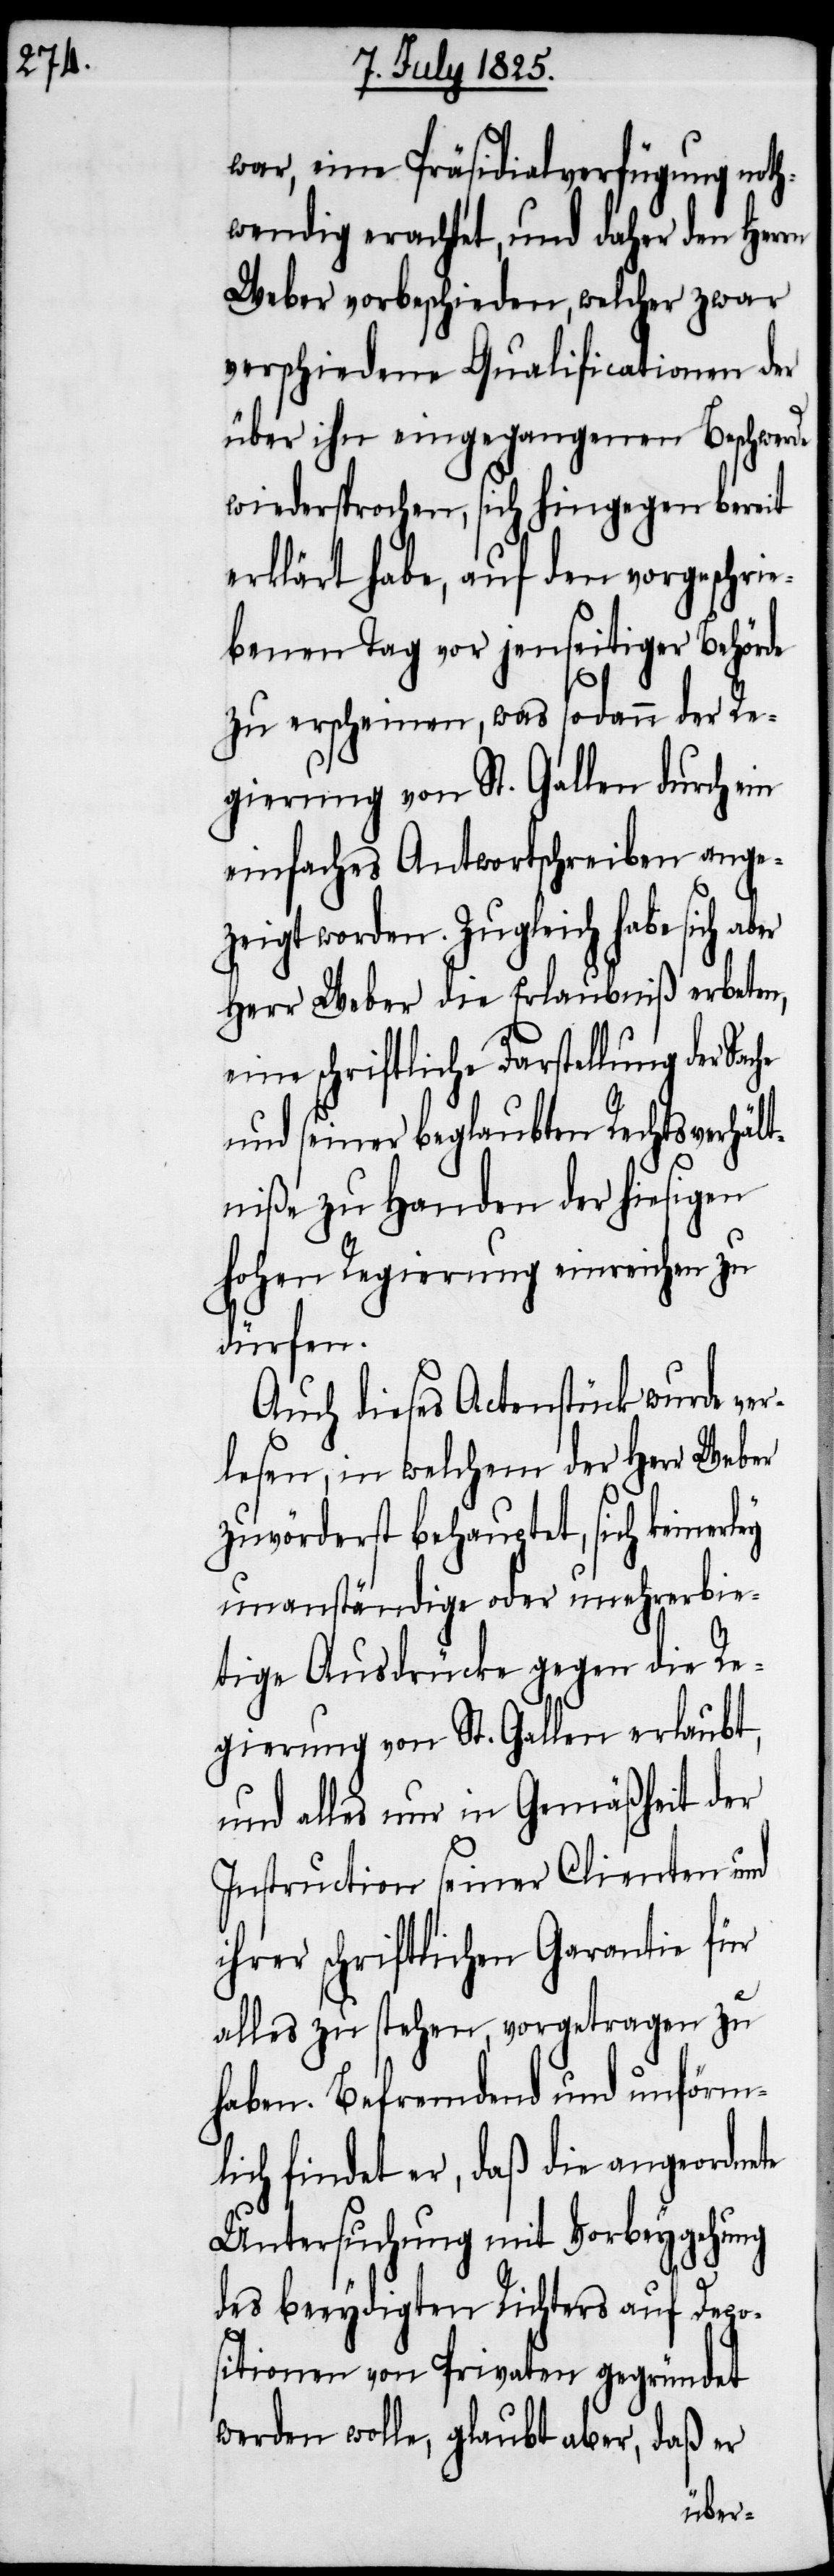
war, eine Präsidialverfügung noth¬
wendig erachtet, und daher den Herrn
Weber vorbeschieden, welcher zwar
verschiedene Qualificationen der
über ihn eingegangenen Beschwerde
wiedersprochen, sich hingegen bereit
erklärt habe, auf den vorgeschrie¬
benen Tag vor jenseitiger Behörde
zu erscheinen, was sodann der Re¬
gierung von St. Gallen durch ein
einfaches Antwortschreibe ange¬
zeigt worden. Zugleich habe sich a¬
Herr Weber die Erlaubniß erbeten,
eine schriftliche Darstellung der
und seiner beglaubten Rechtsverhält¬
niße zu Handen der hiesigen
hohen Regierung einreichen zu
dürfen.
Auch dieses Actenstück wurde ver¬
lesen, in welchem der Herr Weber
zuvörderst behauptet, sich keinerley
unanständige oder unehrerbie¬
tige Ausdrücke gegen die Re¬
gierung von St. Gallen erlaubt,
und alles nur in Gemäßheit der
Instruction seiner Clienten und
ihrer schriftlichen Garantie für
alles zu stehen, vorgetragen zu
haben. Befremdend und unförm¬
lich findet er, daß die angeordnete
Untersuchung mit Vorbeygehung
des beeydigten Richters auf Depo¬
sitionen von Privaten gegründet
werden wolle, glaubt aber, daß er
ber